Plague in India, 1896, 1897 - Volume 2
Year: 1896
Disease focus: Plague
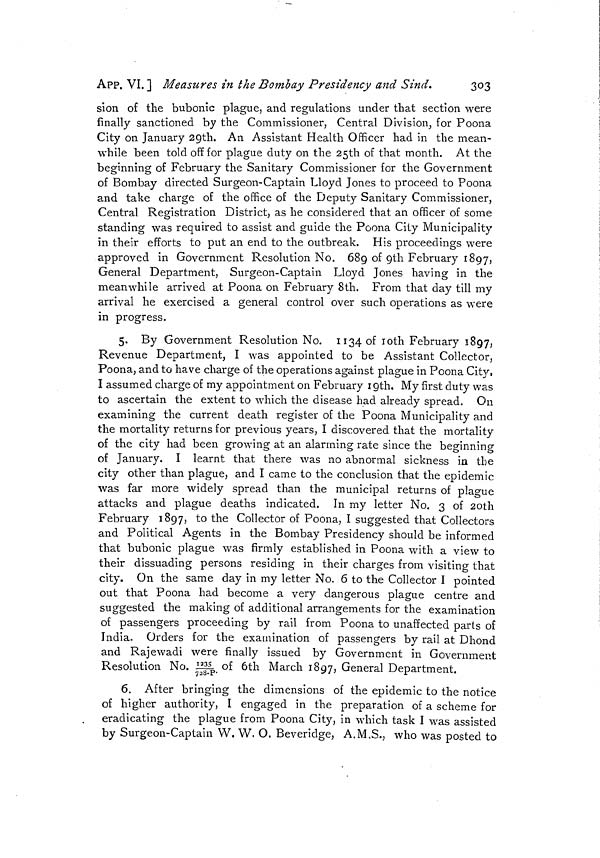
303
APP. VI. ] Measures in the Bombay Presidency and Sind.
sion of the bubonic plague, and regulations under that section were
finally sanctioned by the Commissioner, Central Division, for Poona
City on January 29th. An Assistant Health Officer had in the mean-
while been told off for plague duty on the 25th of that month. At the
beginning of February the Sanitary Commissioner for the Government
of Bombay directed Surgeon-Captain Lloyd Jones to proceed to Poona
and take charge of the office of the Deputy Sanitary Commissioner,
Central Registration District, as he considered that an officer of some
standing was required to assist and guide the Poona City Municipality
in their efforts to put an end to the outbreak. His proceedings were
approved in Government Resolution No. 689 of 9th February 1897,
General Department, Surgeon-Captain Lloyd Jones having in the
meanwhile arrived at Poona on February 8th. From that day till my
arrival he exercised a general control over such operations as were
in progress.
5. By Government Resolution No. 1134 of 10th February 1897,
Revenue Department, I was appointed to be Assistant Collector,
Poona, and to have charge of the operations against plague in Poona City,
I assumed charge of my appointment on February 19th. My first duty was
to ascertain the extent to which the disease had already spread. On
examining the current death register of the Poona Municipality and
the mortality returns for previous years, I discovered that the mortality
of the city had been growing at an alarming rate since the beginning
of January. I learnt that there was no abnormal sickness in the
city other than plague, and I came to the conclusion that the epidemic
was far more widely spread than the municipal returns of plague
attacks and plague deaths indicated. In my letter No. 3 of 2oth
February 1897, to the Collector of Poona, I suggested that Collectors
and Political Agents in the Bombay Presidency should be informed
that bubonic plague was firmly established in Poona with a view to
their dissuading persons residing in their charges from visiting that
city. On the same day in my letter No. 6 to the Collector I pointed
out that Poona had become a very dangerous plague centre and
suggested the making of additional arrangements for the examination
of passengers proceeding by rail from Poona to unaffected parts of
India. Orders for the examination of passengers by rail at Dhond
and Rajewadi were finally issued by Government in Government
Resolution No. 1235/728-P of 6th March 1897, General Department.
6. After bringing the dimensions of the epidemic to the notice
of higher authority, I engaged in the preparation of a scheme for
eradicating the plague from Poona City, in which task I was assisted
by Surgeon-Captain VV. W. O. Beveridge, A.M.S., who was posted to